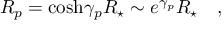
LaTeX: R _ { p } = \cosh \! \gamma _ { p } R _ { \star } \sim e ^ { \gamma _ { p } } R _ { \star } \quad ,